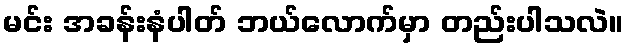
မင်း အခန်းနံပါတ် ဘယ်လောက်မှာ တည်းပါသလဲ။